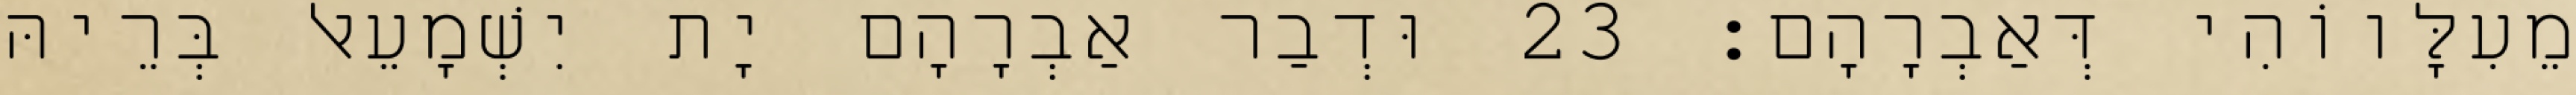
מֵעִלָּווֹהִי דְּאַבְרָהָם׃ 23 וּדְבַר אַבְרָהָם יָת יִשְׁמָעֵאל בְּרֵיהּ